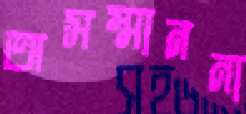
অসম্মাননা